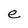
Character: e